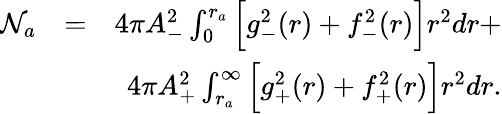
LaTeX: \begin{array}{rlr}{\mathcal{N}_{a}}&{=}&{4\pi A_{-}^{2}\int_{0}^{r_{a}}\Big[g_{-}^{2}(r)+f_{-}^{2}(r)\Big]r^{2}dr+}\\ &{}&{4\pi A_{+}^{2}\int_{r_{a}}^{\infty}\Big[g_{+}^{2}(r)+f_{+}^{2}(r)\Big]r^{2}dr.}\end{array}